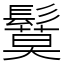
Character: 鬕